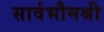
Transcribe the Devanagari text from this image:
सार्वभौमश्री